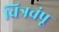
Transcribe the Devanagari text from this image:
चित्रचंपू